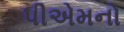
પીએમનો